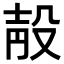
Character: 𣪗